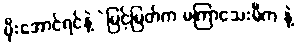
မိုးအောင်ရင်နဲ့ဲမြင့်မြတ်က မကြာသေးမီက နဲ့